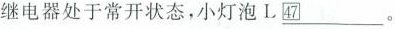
继电器处于常开状态，小灯泡L\underline ㊼。